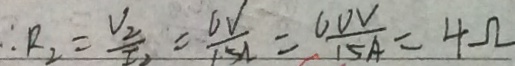
\therefore R _ { 2 } = \frac { V _ { 2 } } { I _ { 2 } } = \frac { 6 V } { 1 5 A } = \frac { 6 0 V } { 1 5 A } = 4 \Omega